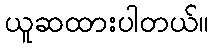
ယူဆထားပါတယ်။